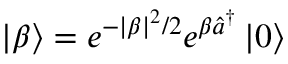
\left| \beta \right> = e ^ { - \left| \beta \right| ^ { 2 } / 2 } e ^ { \beta \hat { a } ^ { \dagger } } \left| 0 \right>